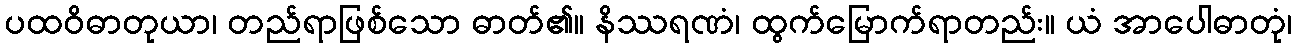
ပထဝိဓာတုယာ၊ တည်ရာဖြစ်သော ဓာတ်၏။ နိဿရဏံ၊ ထွက်မြောက်ရာတည်း။ ယံ အာပေါဓာတုံ၊